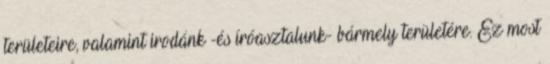
területeire, valamint irodánk -és íróasztalunk- bármely területére. Ez most